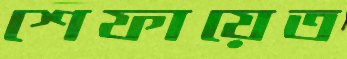
শেফায়েত